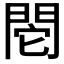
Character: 𨳷